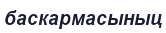
баскармасыныц